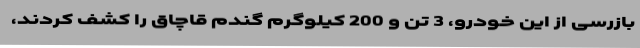
بازرسی از این خودرو، 3 تن و 200 کیلوگرم گندم قاچاق را کشف کردند،